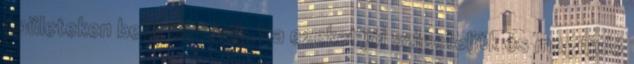
épületeken belül történik. Ha ezeket jól szigeteljük és megújuló